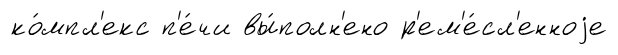
ко́мпл'екс п'е́чи вы́полн'ено р'ем'е́сл'енноjе